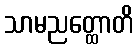
သာမညတ္ထောတိ